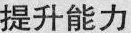
提升能力